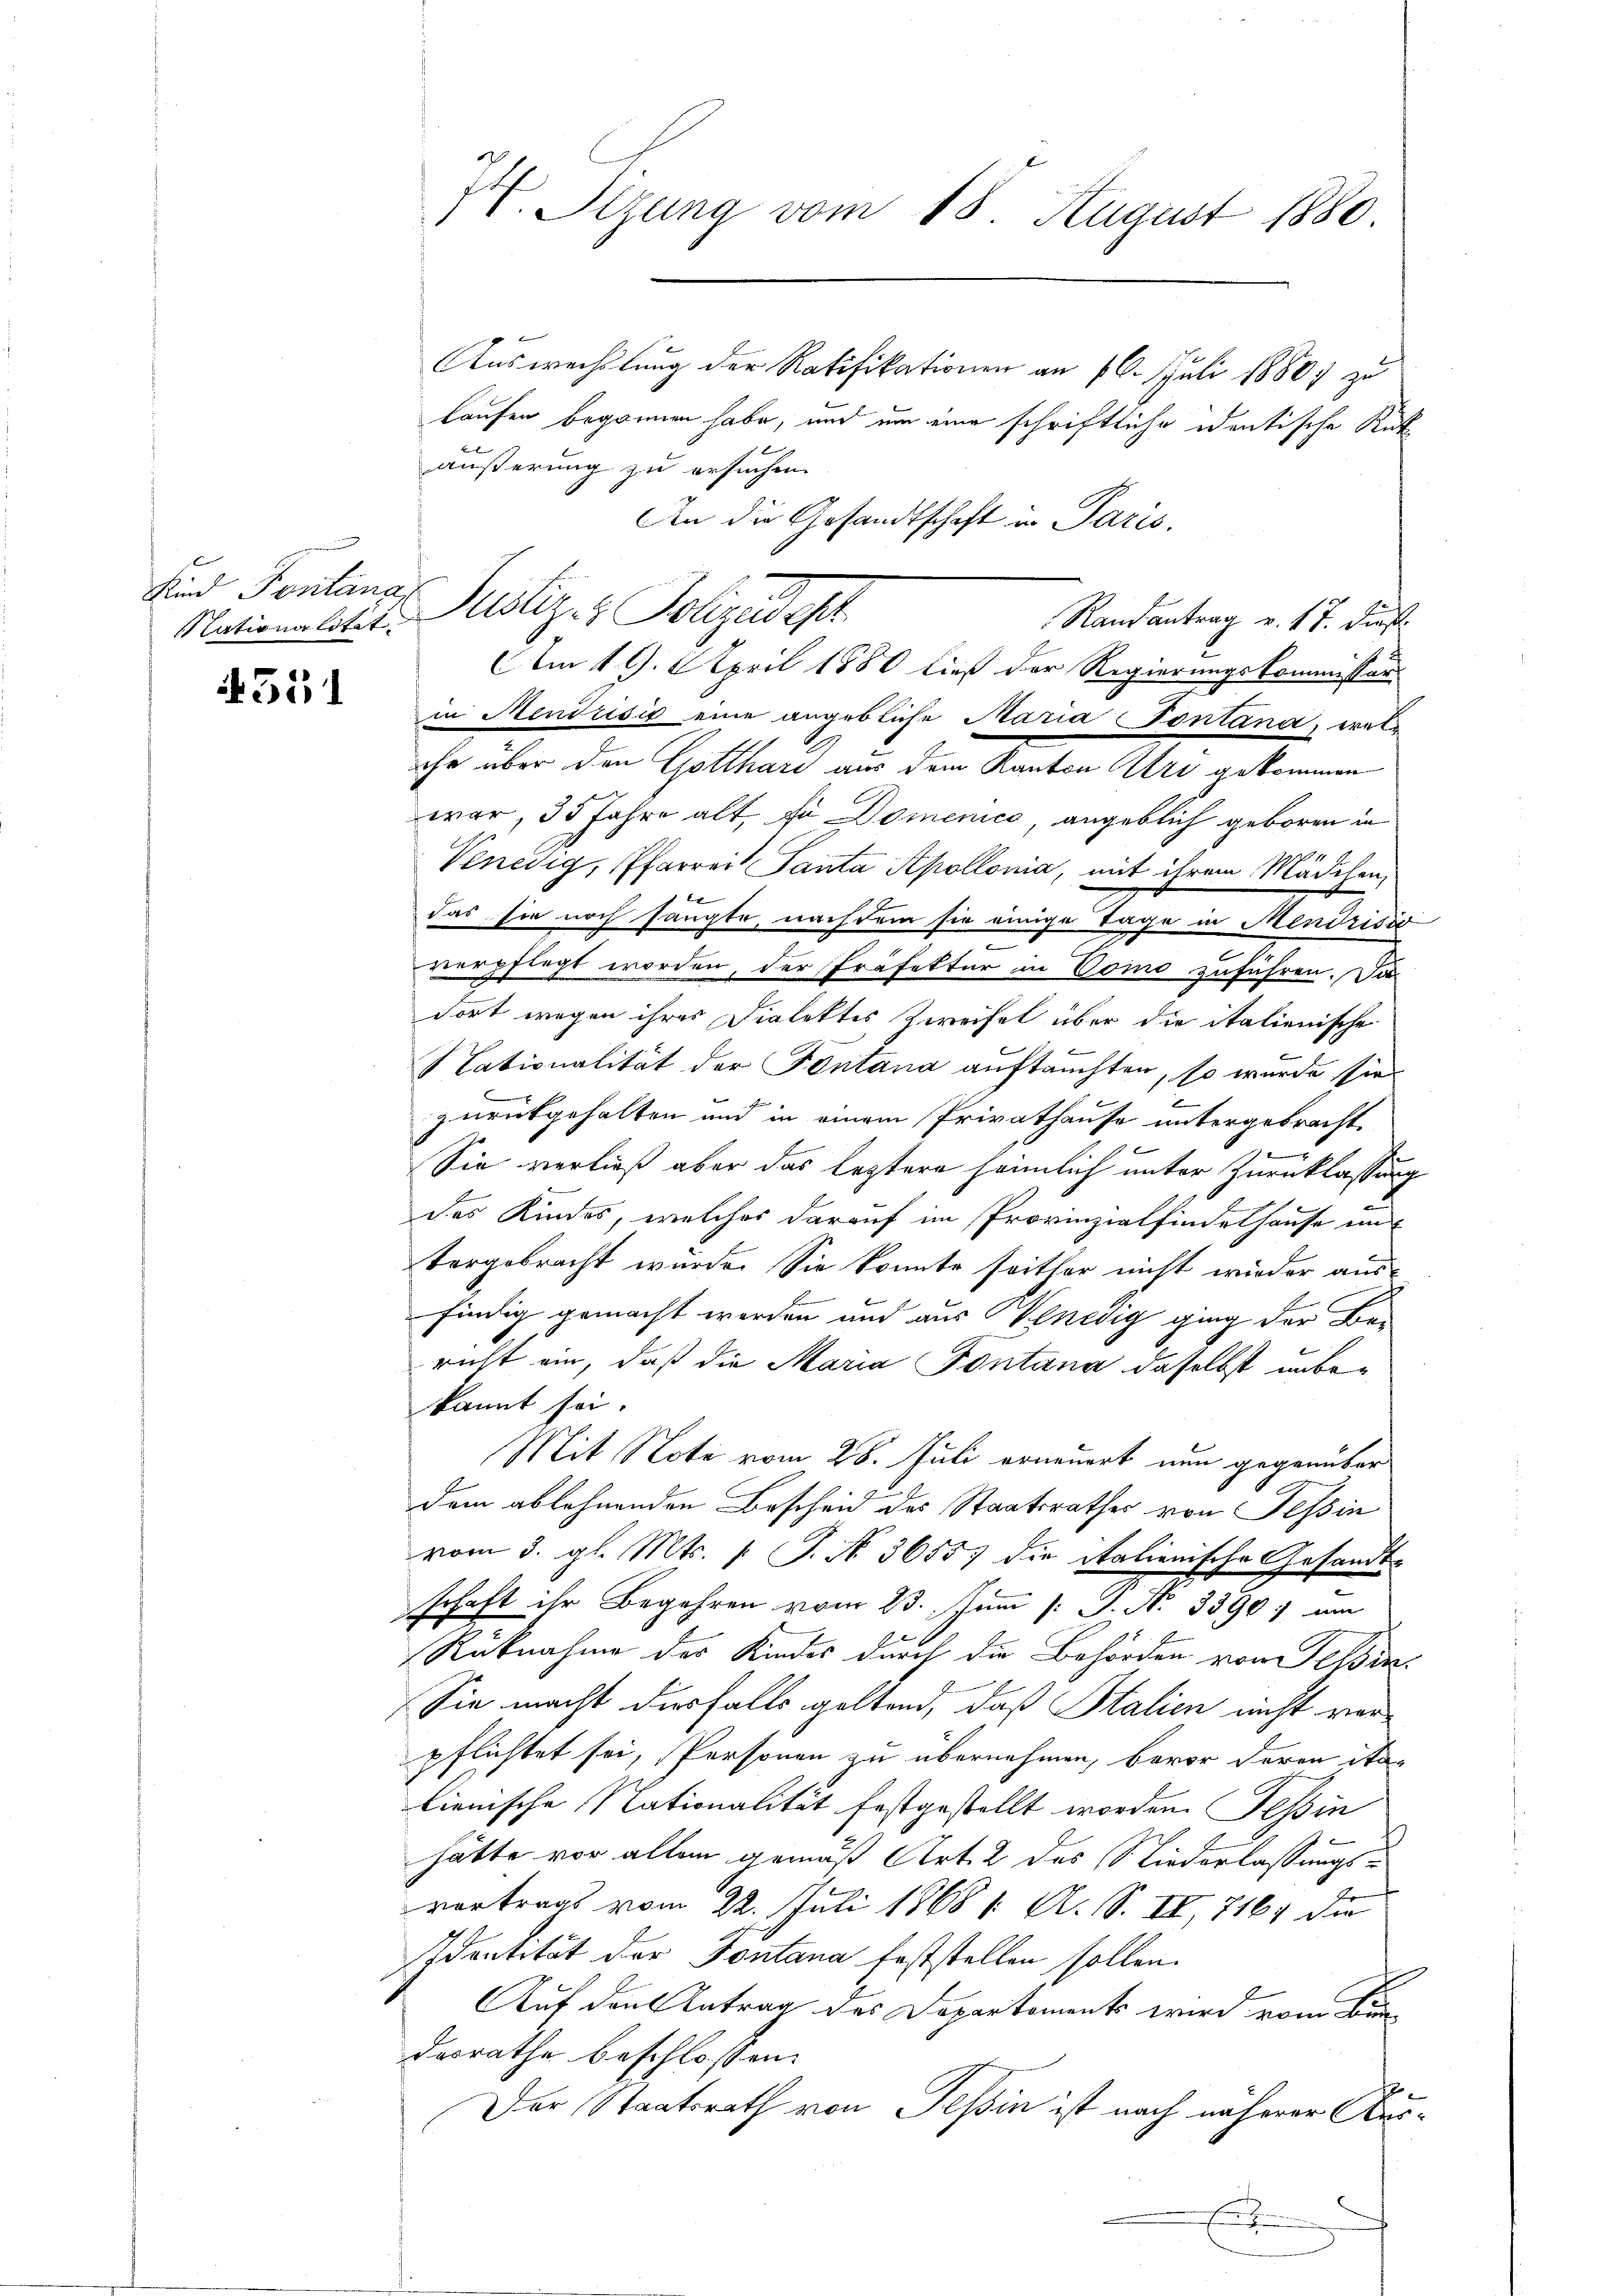
Nationalitat.

351

H. Sizung vom 18 August 1880

Auswechslung der Ratifikationen an 16. Juli 1880, zu
Laufen begonnen habe, und um eine schriftliche identische Rütäußerung zu ersuchen.
An die Gesandtschaft in Paris.
in Mendrisis eine angebliche Maria Pontana, welihr über den Gotthari aus dem Kanton Uri gekommen
war, 35 Jahre alt, fo Domenico, angeblich geboren in
Venedig, Pfarrer Panta Apollonia, mit ihrem Mädlen,
f
das sie noch sangte, nachdem sie einige Tage in Mendrisir
2
verpflegt worden, der Präfektur in Como zuführen. Da
dort wegen ihres Dialektes Zweifel über die italienische
Nationalität der Fontana auftauchten, so wurde sie
zurückgehalten und in einem Privathause untergebracht,
k
Sie verließ aber das leztere heimlich unter Zurücklassung
des Kindes, welches darauf im Provinzialfindeshause un
vergebracht wurde. Sie konnte soitter nicht wieder aus-
findig gemacht werden und aus Venedig ging der Bericht ein, daß die Maria Pontana daselbst unbekannt sei.
Mit Note vom 28. Juli erneuert nun gegenüber
dem ablehnenden Bescheid des Staatsrathes von Tessin
vom 3. gl. Mts. v. J. N. 3655) die italienische Gesandt-
schaft ihr Begehren vom 23. Juni /: P. N. 3390) um
Rücknahme des Kindes durch die Behörden von Feldin
Sie macht diesfalls geltend, daß Stalien nicht vorpflichtet sei, Personen zu übernehmen, bevor deren Stalienische Nationalität festgestellt worden. Tessin
hätte vor allem gemäß Art. 2 des Niederlassungsvortrags vom 22. Juli 18681. A. S. II, 7161 die
sidentität der Fontana feststellen sollen.
Auf den Antrag des Departements wird vom Bun
desrathe beschlossen:
fe
Der Staatsrath von Tessin ist nach näherer Aus¬

Und Pontans Justiz- & Polizedel
Randantrag v. 17. dieß.
Am 19. April 1880 ließ der Regierungskommissär